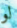
لو